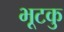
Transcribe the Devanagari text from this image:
भूटकु